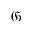
\mathfrak { G }